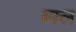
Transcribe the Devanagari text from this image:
ब्फ्ल